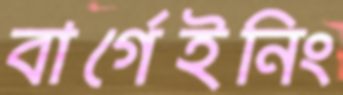
বার্গেইনিং